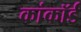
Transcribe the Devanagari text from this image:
कांकॉर्ड